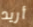
أريد